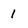
Character: 1